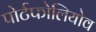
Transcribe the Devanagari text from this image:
पोर्टफोलियोव